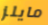
مايلز